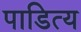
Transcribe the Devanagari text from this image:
पाडित्य